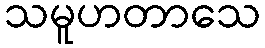
သမူဟတာသေ